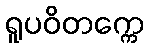
ရူပဝိတက္ကေ